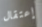
إعتقال